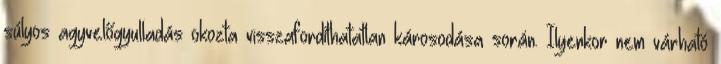
súlyos agyvelőgyulladás okozta visszafordíthatatlan károsodása során. Ilyenkor nem várható